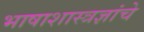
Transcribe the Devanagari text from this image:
भाषाशास्त्रज्ञांचे